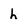
Character: h